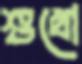
শুখো